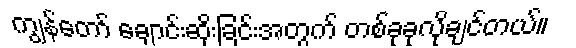
ကျွန်တော် ချောင်းဆိုးခြင်းအတွက် တစ်ခုခုလိုချင်တယ်။